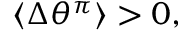
\langle \Delta \theta ^ { \pi } \rangle > 0 ,